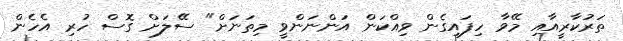
ތަރުކާރީއާއި މޭވާ ހިފައިގެން ވިއްކަން އަންނަންވީ މިތަނަށް" ސޭލަށް ގޮސް ހުރި އެހެން